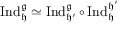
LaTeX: \operatorname { I n d } _ { \mathfrak { h } } ^ { \mathfrak { g } } \simeq \operatorname { I n d } _ { \mathfrak { h ^ { \prime } } } ^ { \mathfrak { g } } \circ \operatorname { I n d } _ { \mathfrak { h } } ^ { \mathfrak { h ^ { \prime } } }